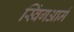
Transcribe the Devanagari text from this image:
स्विंगआर्म